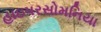
હાઇપરસોમનિયા